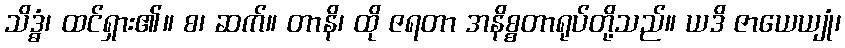
သိဒ္ဓံ၊ ထင်ရှား၏။ စ၊ ဆက်။ တာနိ၊ ထို ဇရတာ အနိစ္စတာရုပ်တို့သည်။ ယဒိ ဇာယေယျုံ၊